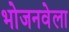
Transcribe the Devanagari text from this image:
भोजनवेला